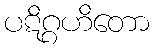
ပဋိဂ္ဂဟိတော